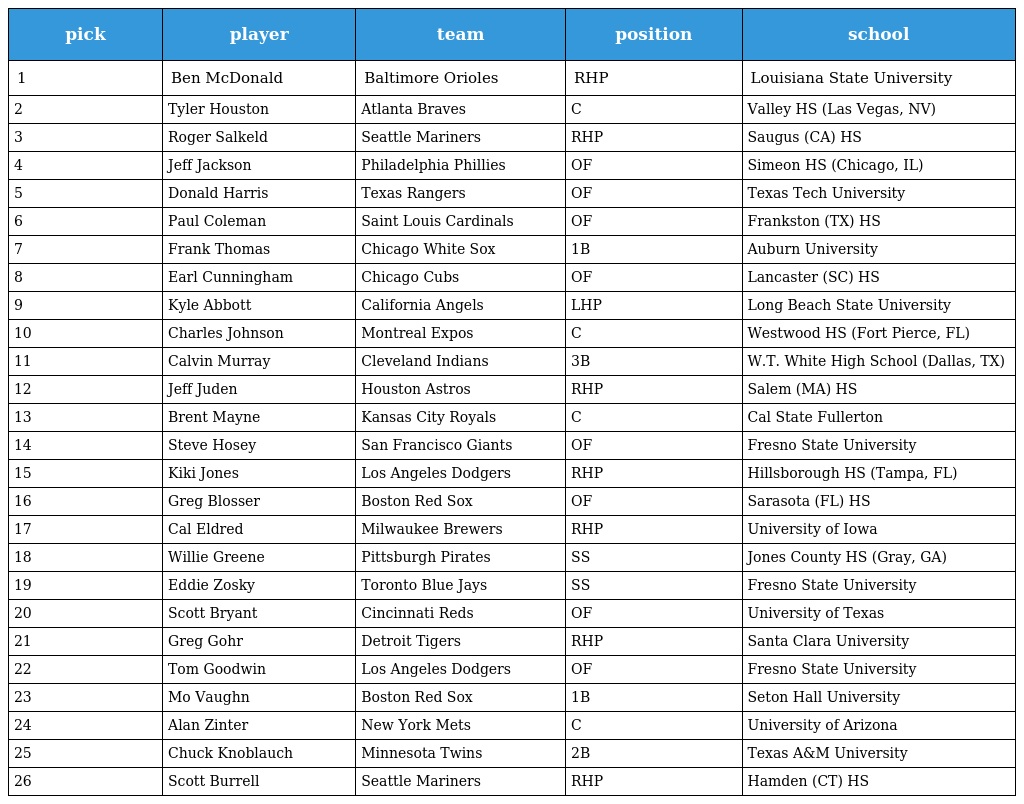
| pick | player | team | position | school |
 | --- | --- | --- | --- | --- |
 | 1 | Ben McDonald | Baltimore Orioles | RHP | Louisiana State University |
 | 2 | Tyler Houston | Atlanta Braves | C | Valley HS (Las Vegas, NV) |
 | 3 | Roger Salkeld | Seattle Mariners | RHP | Saugus (CA) HS |
 | 4 | Jeff Jackson | Philadelphia Phillies | OF | Simeon HS (Chicago, IL) |
 | 5 | Donald Harris | Texas Rangers | OF | Texas Tech University |
 | 6 | Paul Coleman | Saint Louis Cardinals | OF | Frankston (TX) HS |
 | 7 | Frank Thomas | Chicago White Sox | 1B | Auburn University |
 | 8 | Earl Cunningham | Chicago Cubs | OF | Lancaster (SC) HS |
 | 9 | Kyle Abbott | California Angels | LHP | Long Beach State University |
 | 10 | Charles Johnson | Montreal Expos | C | Westwood HS (Fort Pierce, FL) |
 | 11 | Calvin Murray | Cleveland Indians | 3B | W.T. White High School (Dallas, TX) |
 | 12 | Jeff Juden | Houston Astros | RHP | Salem (MA) HS |
 | 13 | Brent Mayne | Kansas City Royals | C | Cal State Fullerton |
 | 14 | Steve Hosey | San Francisco Giants | OF | Fresno State University |
 | 15 | Kiki Jones | Los Angeles Dodgers | RHP | Hillsborough HS (Tampa, FL) |
 | 16 | Greg Blosser | Boston Red Sox | OF | Sarasota (FL) HS |
 | 17 | Cal Eldred | Milwaukee Brewers | RHP | University of Iowa |
 | 18 | Willie Greene | Pittsburgh Pirates | SS | Jones County HS (Gray, GA) |
 | 19 | Eddie Zosky | Toronto Blue Jays | SS | Fresno State University |
 | 20 | Scott Bryant | Cincinnati Reds | OF | University of Texas |
 | 21 | Greg Gohr | Detroit Tigers | RHP | Santa Clara University |
 | 22 | Tom Goodwin | Los Angeles Dodgers | OF | Fresno State University |
 | 23 | Mo Vaughn | Boston Red Sox | 1B | Seton Hall University |
 | 24 | Alan Zinter | New York Mets | C | University of Arizona |
 | 25 | Chuck Knoblauch | Minnesota Twins | 2B | Texas A&M University |
 | 26 | Scott Burrell | Seattle Mariners | RHP | Hamden (CT) HS |